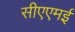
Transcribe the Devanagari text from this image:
सीएएमई